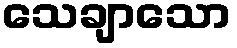
သေချာသော